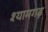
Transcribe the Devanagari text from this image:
श्यामगढ़